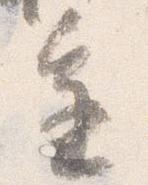
進